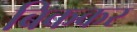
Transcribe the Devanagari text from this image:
बिककर